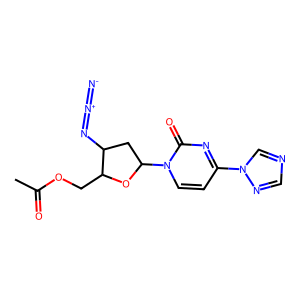
SMILES: CC(=O)OCC1OC(n2ccc(-n3cncn3)nc2=O)CC1N=[N+]=[N-]
Inhibits HIV replication: Yes